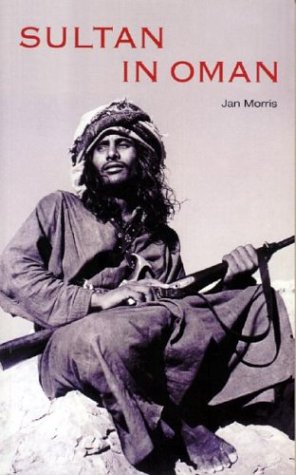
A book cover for Sultan in Oman; Jan Morris; History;